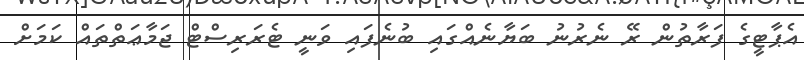
އެޕާޓީގެ ފަރާތުން ރޭ ނެރުނު ބަޔާނެއްގައި ބުނެފައި ވަނީ ޓެރަރިސްޓް ޖަމާޢަތްތައް ކަމަށް